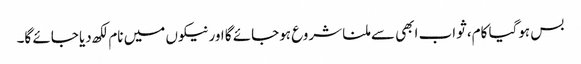
بس ہوگیا کام، ثواب ابھی سے ملنا شروع ہوجائے گا اور نیکوں میں نام لکھ دیا جائے گا۔